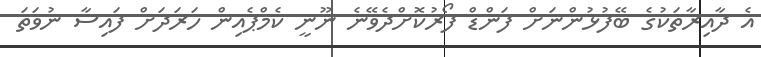
އެ ދާއިރާތަކުގެ ބޭފުޅުންނަށް ފަންޑް ފޯރުކޮށްދެވޭނެ ނޫނީ ކެމްޕެއިން ހަރަދަށް ފައިސާ ނުވަތަ